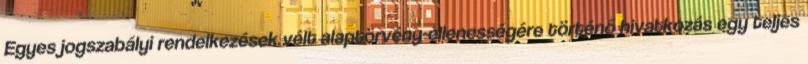
Egyes jogszabályi rendelkezések vélt alaptörvény-ellenességére történő hivatkozás egy teljes